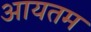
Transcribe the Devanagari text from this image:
आयतम